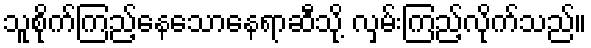
သူစိုက်ကြည့်နေသောနေရာဆီသို့ လှမ်းကြည့်လိုက်သည်။